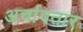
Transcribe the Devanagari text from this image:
अर्चावतार